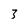
Character: 3